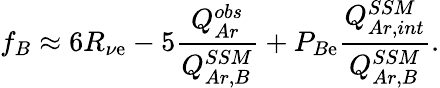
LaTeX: f_{B}\approx6R_{\nu\mathrm{e}}-5\frac{{Q_{Ar}^{obs}}}{{Q_{Ar,B}^{SSM}}}+P_{B\mathrm{e}}\frac{{Q_{Ar,int}^{SSM}}}{{Q_{Ar,B}^{SSM}}}.